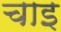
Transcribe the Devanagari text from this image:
चाइ